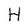
Character: H